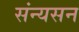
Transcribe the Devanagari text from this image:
संन्यसन